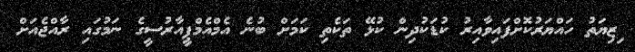
ިޒިޔަތު ހައްޔަރުކޮށްފައިވާއިރު ކުޑަކުދިން ކުޅޭ ތަކެތި ކަމަށް ބުނެ އެމްއެމްޕީއާރުސީގެ ނަމުގަައި ރާއްޖެއަށް